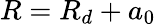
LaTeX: R=R_{d}+a_{0}